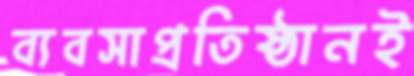
ব্যবসাপ্রতিষ্ঠানই